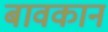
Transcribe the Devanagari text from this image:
बावकान